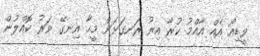
ވީޑިއޯ އެއް އާއްމު ކުރާ އިރު ރަނގަޅަށް މީހާ އިނގޭ ވަރު ކޮއްލުން